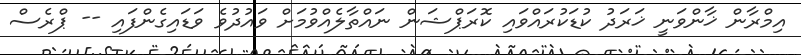
އިމްރާން ޚާންވަނީ ޚަރަދު ކުޑަކުރައްވައި ކޮރަޕްޝަން ނައްތާލެއްވުމަށް ވައުދުވެ ވަޑައިގެންފައި -- ޕްރެސް